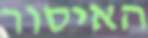
האיסור